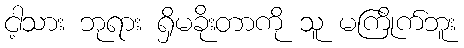
ငါ့သား ဘုရား ရှိမခိုးတာကို သူ မကြိုက်ဘူး